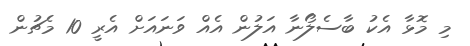
މި މޮޅާ އެކު ބާސެލޯނާ އަލުން އެއް ވަނައަށް އެރީ 10 މެޗުން